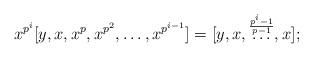
LaTeX: \begin{align*} x^{p^i} [y,x,x^p,x^{p^2},\ldots, x^{p^{i-1}}] =[y,x,\overset{\frac{p^i-1}{p-1}}{\ldots},x]; \end{align*}